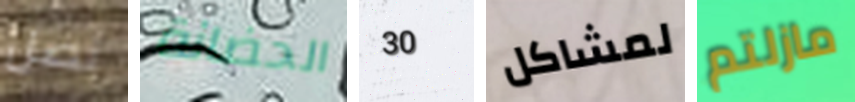
نصل الحضانة 30 لمشاكل مازلتم